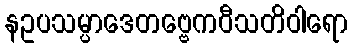
နဥပသမ္ပာဒေတဗ္ဗေကဝီသတိဝါရော